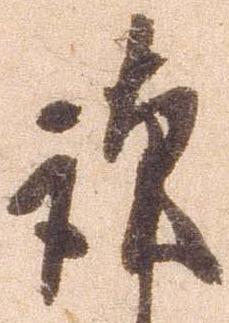
謹